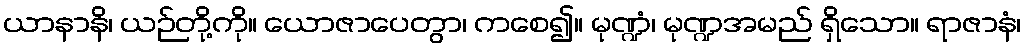
ယာနာနိ၊ ယဉ်တို့ကို။ ယောဇာပေတွာ၊ ကစေ၍။ မုဏ္ဍံ၊ မုဏ္ဍအမည် ရှိသော။ ရာဇာနံ၊